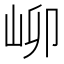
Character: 𪨫